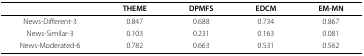
|  | THEME | DPMFS | EDCM | EM-MN |
 | --- | --- | --- | --- | --- |
 | News-Different-3 | 0.847 | 0.688 | 0.734 | 0.867 |
 | News-Similar-3 | 0.103 | 0.231 | 0.163 | 0.081 |
 | News-Moderated-6 | 0.782 | 0.663 | 0.531 | 0.562 |